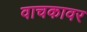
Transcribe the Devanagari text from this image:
वाचकावर